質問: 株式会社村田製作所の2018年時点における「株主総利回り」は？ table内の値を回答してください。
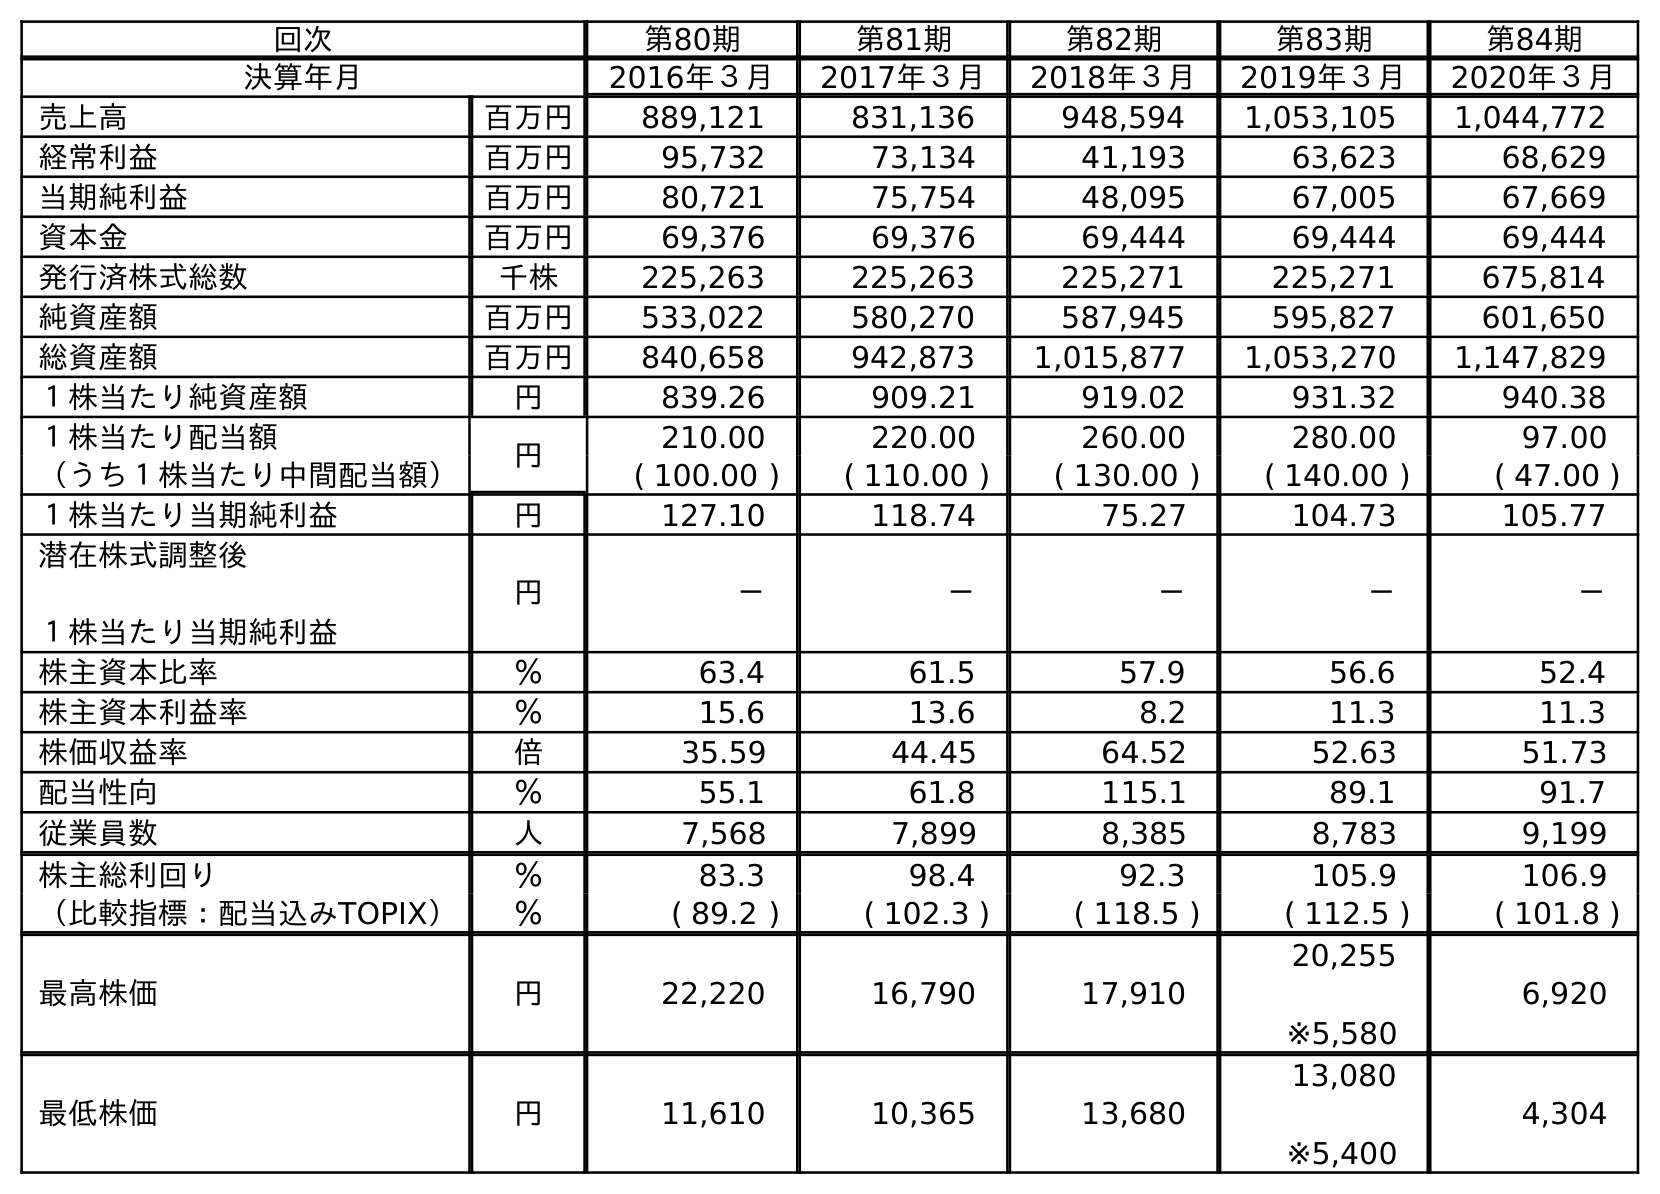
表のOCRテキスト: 回次 第80期 第81期 第82期 第83期 第84期 決算年月 2016年３月 2017年３月 2018年３月 2019年３月 2020年３月 売上高 百万円 889,121 831,136 948,594 1,053,105 1,044,772 経常利益 百万円 95,732 73,134 41,193 63,623 68,629 当期純利益 百万円 80,721 75,754 48,095 67,005 67,669 資本金 百万円 69,376 69,376 69,444 69,444 69,444 発行済株式総数 千株 225,263 225,263 225,271 225,271 675,814 純資産額 百万円 533,022 580,270 587,945 595,827 601,650 総資産額 百万円 840,658 942,873 1,015,877 1,053,270 1,147,829 １株当たり純資産額 円 839.26 909.21 919.02 931.32 940.38 １株当たり配当額 円 210.00 220.00 260.00 280.00 97.00 （うち１株当たり中間配当額） ( 100.00 ) ( 110.00 ) ( 130.00 ) ( 140.00 ) ( 47.00 ) １株当たり当期純利益 円 127.10 118.74 75.27 104.73 105.77 潜在株式調整後 １株当たり当期純利益 円 － － － － － 株主資本比率 ％ 63.4 61.5 57.9 56.6 52.4 株主資本利益率 ％ 15.6 13.6 8.2 11.3 11.3 株価収益率 倍 35.59 44.45 64.52 52.63 51.73 配当性向 ％ 55.1 61.8 115.1 89.1 91.7 従業員数 人 7,568 7,899 8,385 8,783 9,199 株主総利回り ％ 83.3 98.4 92.3 105.9 106.9 （比較指標：配当込みTOPIX） ％ ( 89.2 ) ( 102.3 ) ( 118.5 ) ( 112.5 ) ( 101.8 ) 最高株価 円 22,220 16,790 17,910 20,255 ※5,580 6,920 最低株価 円 11,610 10,365 13,680 13,080 ※5,400 4,304
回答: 92.3